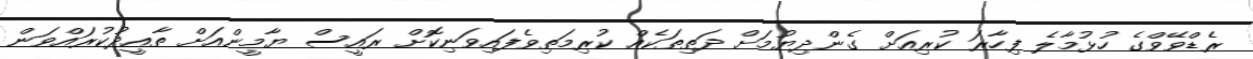
ރެޑްވޭވްގެ ހުޅުމާލެ ފިހާރަ ކުރިއަށް ގެންދިޔުމަށް ދަތިތަކެއް ކުރިމަތިވެފައިވަނިކޮށް ރައީސް ޔާމީންއަށް ތާއީދުކުރައްވަން